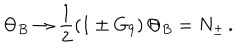
\Theta _ { B } \to \frac { 1 } { 2 } \left( 1 \pm G _ { 9 } \right) \Theta _ { B } = N _ { \pm } \, .